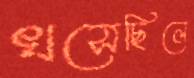
খসেছিলে